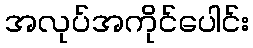
အလုပ်အကိုင်ပေါင်း